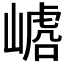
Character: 𱜆